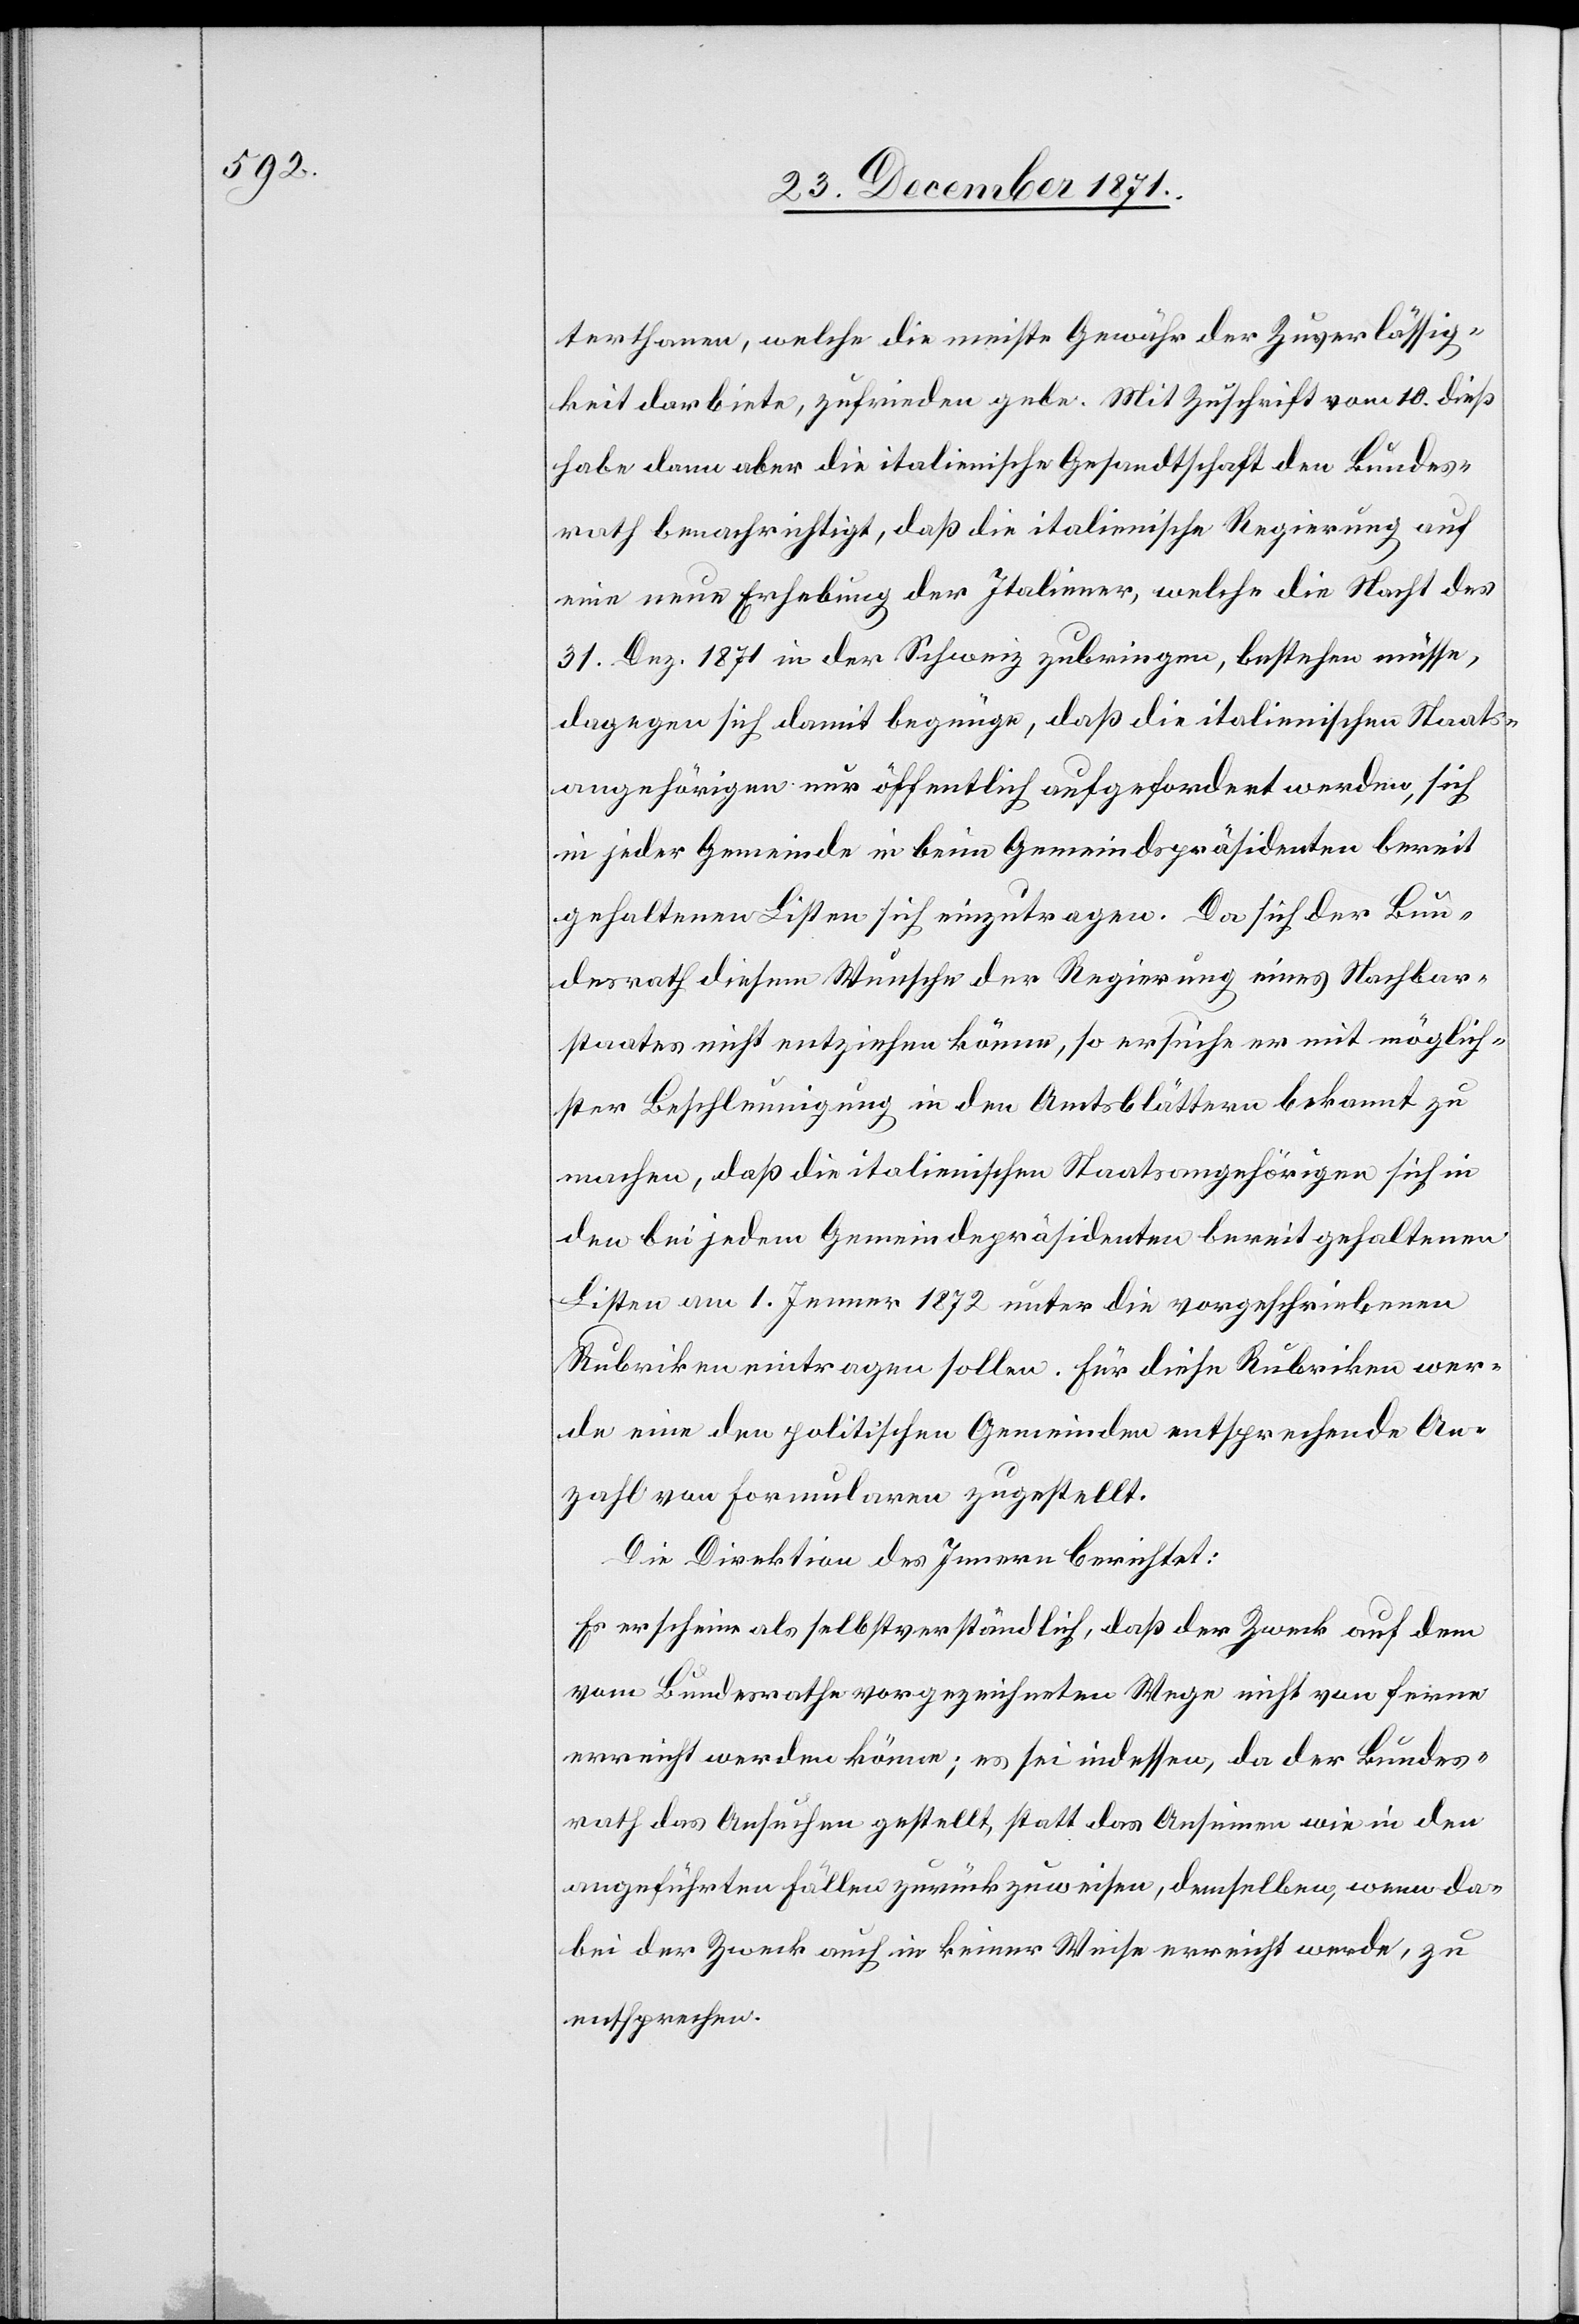
terthanen, welche die meiste Gewähr der Zuverlässig¬
keit darbiete, zufrieden gebe. Mit Zuschrift vom 10. dieß
habe dann aber die italienische Gesandtschaft den Bundes¬
rath benachrichtigt, daß die italienische Regierung auf
eine neue Erhebung der Italiener, welche die Nacht des
31. Dez. 1871 in der Schweiz zubringen, bestehen müsse,
dagegen sich damit begnüge, daß die italienischen Staats¬
angehörigen nur öffentlich aufgefordert werden, sich
in jeder Gemeinde in beim Gemeindspräsidenten bereit
gehaltenen Listen sich einzutragen [sic!]. Da sich der Bun¬
desrath diesem Wunsche der Regierung eines Nachbar¬
staates nicht entziehen könne, so ersuche er mit möglich¬
ster Beschleunigung in den Amtsblättern bekannt zu
machen, daß die italienischen Staatsangehörigen sich in
den bei jedem Gemeindepräsidenten bereit gehaltenen
Listen am 1. Jenner 1872 unter die vorgeschriebenen
Rubriken eintragen sollen. Für diese Rubriken wer¬
de eine den politischen Gemeinden entsprechende An¬
zahl von Formularen zugestellt.
Die Direktion des Innern berichtet:
Es erscheine als selbstverständlich, daß der Zweck auf dem
vom Bundesrathe vorgezeichneten Wege nicht von Ferne
erreicht werden könne; es sei indessen, da der Bundes¬
rath das Ansuchen gestellt, statt das Ansinnen wie in den
angeführten Fällen zurückzuweisen, demselben, wenn da¬
bei der Zweck auch in keiner Weise erreicht werde, zu
entsprechen.